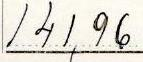
141,96